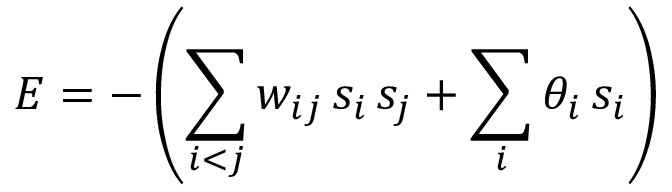
E = - \left( \sum _ { i < j } w _ { i j } \, s _ { i } \, s _ { j } + \sum _ { i } \theta _ { i } \, s _ { i } \right)